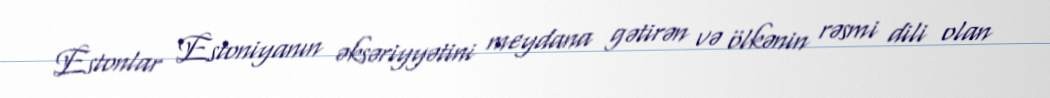
Estonlar Estoniyanın əksəriyyətini meydana gətirən və ölkənin rəsmi dili olan